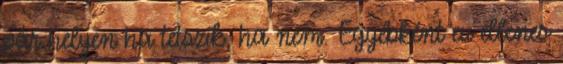
pár helyen ha tetszik, ha nem. Egyébként eu ellenes